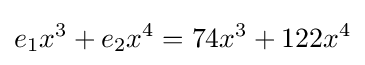
e_{1}x^{3}+e_{2}x^{4}=74x^{3}+122x^{4}